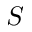
S